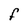
Character: F